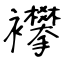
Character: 襻